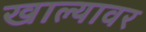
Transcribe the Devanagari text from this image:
खाल्यावर